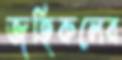
জহিরুলের